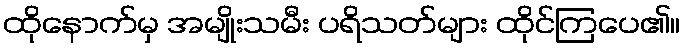
ထိုနောက်မှ အမျိုးသမီး ပရိသတ်များ ထိုင်ကြပေ၏။